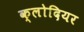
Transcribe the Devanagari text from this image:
क्लोदियर